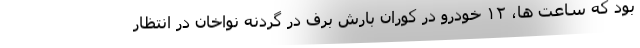
بود که ساعت ها، ۱۲ خودرو در کوران بارش برف در گردنه نواخان در انتظار